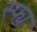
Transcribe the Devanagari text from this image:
स्फ्य